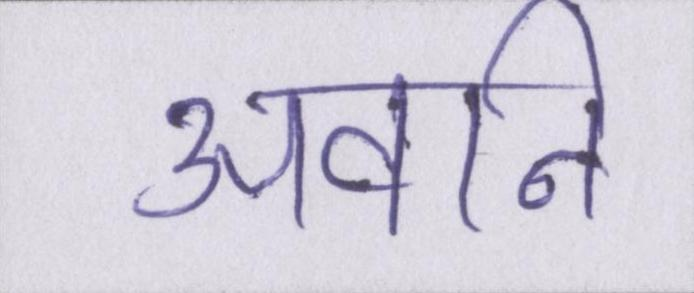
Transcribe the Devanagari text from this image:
अवनि